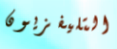
التليفزيون